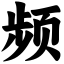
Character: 频